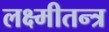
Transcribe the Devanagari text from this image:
लक्ष्मीतन्त्र